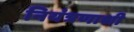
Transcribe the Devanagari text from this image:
नियंत्रणाशी